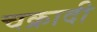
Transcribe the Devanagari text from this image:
चक्रादी